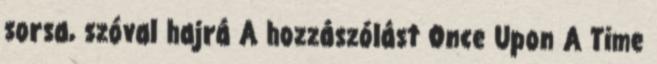
sorsa, szóval hajrá A hozzászólást Once Upon A Time